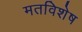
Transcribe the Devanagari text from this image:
मतविशेष